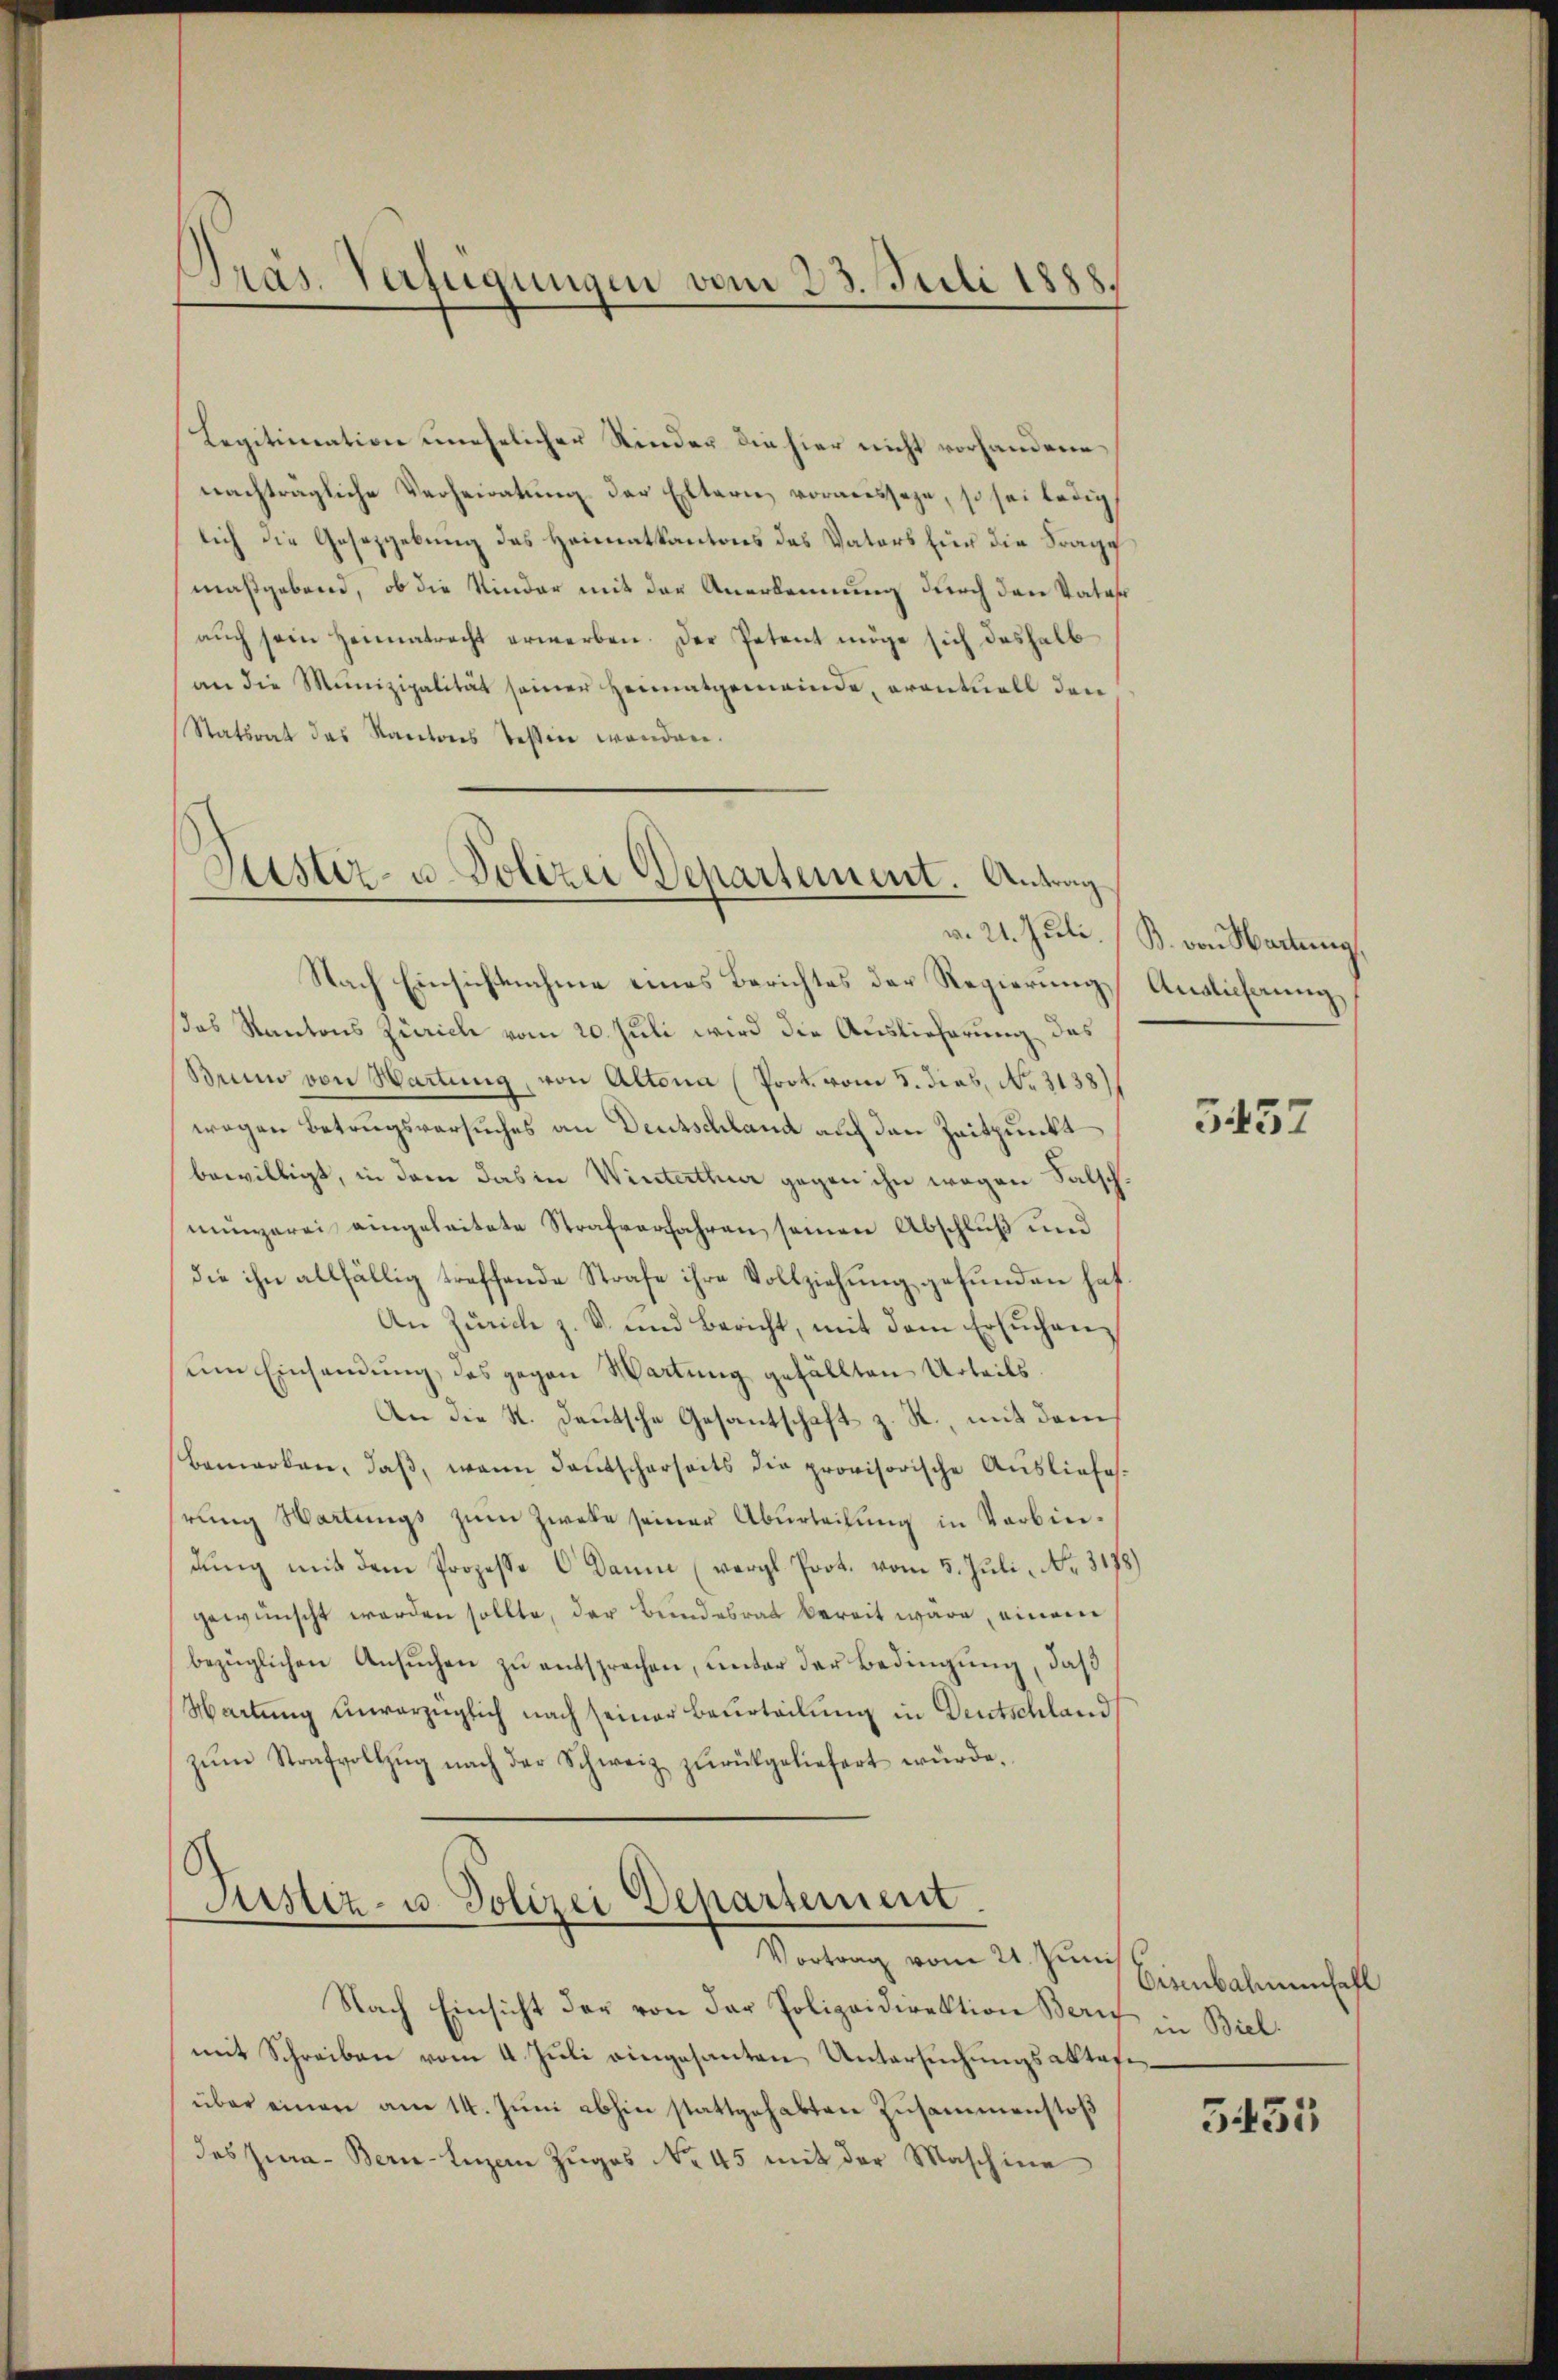
Präs. Verfügungen vom 23. Juli 1888.

Legitimation unehelicher Kinder die hier nicht vorhandern,
nachträgliche Verheiratung der Eltern voraussage, so sei ledig
lich die Gesetzgebung des Heimatkantons des Vaters für die Frage
maßgebend, ob die Kinder mit der Anerkennung durch den Vater
aŭch sein Heimatracht erwerben. Der Petent möge sich deshalb
an die Munizipalität seiner Heimatgemeinde, eventuell den
Statsrat das Kantons Tessin werden.

Justiz- u. Polizei Departement. Antrag

Nach Einsichtnahme eines Berichtes der Regierung Anglicherung,
as Kantons Zürich vom 20. Juli wird die Auslieferung des
Bruno von Wartung, von Altona (Prok. vom 5. dies, No. 31381
wegen Betrugsversuches an Deutschland auf den Zeitpunkt
bewilligt, in dem das in Winterthur gegen ihn wegen Falschmungerei eingeleitete Strafverfahren seinen Abschluß und
die ihn allfällig treffende Strafe ihre Vollziehung gefunden haf.
An Zürich z. B. und Bericht, mit dem Ersuchen
um Einsamung, das gegen Wartung gefällten Urteils.
An die St. Deutsche Gesantschaft z. R., mit dem
bemerken, daβ, wann deutscherseits die provisorische Ausliefes.
hrung Wartungs zum Zwete seiner Aburteilung in Verbindung mit dem Prozesse C. Dann (vergl. Prot. vom 5. Juli, No. 3178)
gewünscht worden sollte, der Bundesrat bereit wäre, einem
bezüglichen Ansuchen zu entsprechen, unter der Bedingung, daß
Wartung unvorzüglich nach seiner Beurteilung in Deutschland
zŭm Strafvollzŭg nach der Schweiz zŭrückgeliefert würde.

Tustiz- u. Polizei Departement
Vortrag vom 21. Juni

Nach Einsicht der von der Polizeidirektion Bern Biel
mit Schreiben vom 4. Jŭli eingesanten Untersŭchŭngsaktafiüber einen am 14. Jŭni abhin stattgehabten Zusammenstoß
des Jura. Bern-Luzern Zuges No. 45 mit der Maschine

v. 21. Jŭli. B. von Wartung,

5457

Eisenbahnenfahl

3435